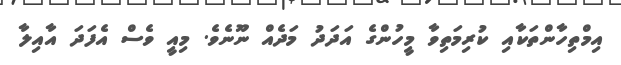
އިމްތިހާންތަކާއި ކުރިމަތިވާ މީހުންގެ އަދަދު މަދެއް ނޫނެވެ. މިއީ ވެސް އެފަދަ އާއިލާ